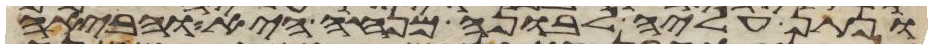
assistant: ונתן עליה לבונה מנחה היא והביאה